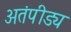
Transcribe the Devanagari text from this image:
अतंपीड्य